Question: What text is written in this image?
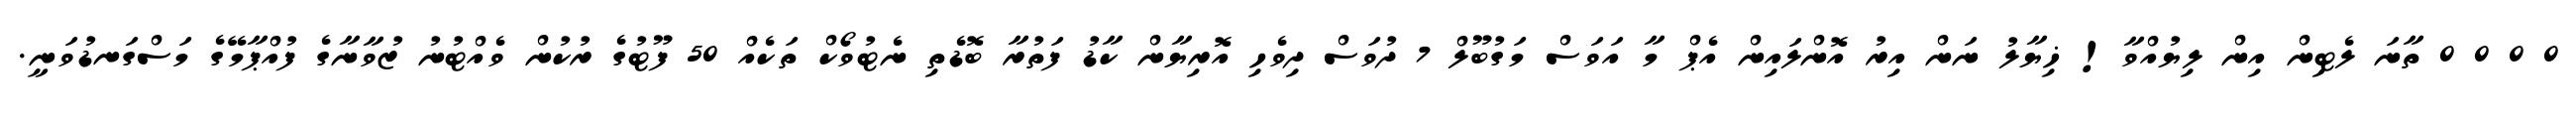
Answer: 0 0 0 0 ތާނަ ލެޓިން އިން ލިޔުއްވާ! ޚިޔާލު ނަން އިރު އޮންލައިން އެޕް މާ އަވަސް މަގުބޫލް 7 ދުވަސް ދިވެހި އޮރިޔާން ކާޑު ފަތުރާ ބޮޑެތި ނެޓުވޯކް ތަކެއް 50 ފޫޓުގެ ރުކުން ވެއްޓުނު ޒުވާނާގެ ފުއްޕާމޭގެ މަސްގަނޑުވަނީ.